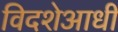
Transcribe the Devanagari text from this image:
विदशेआधी